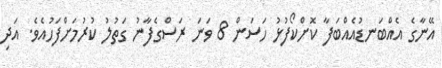
އޭނާގެ އެއްބަނޑުއެއްބަފާ ކޮށްކޯފުޅު ހަސަން 8 ވަނަ ރަސްގެފާނު ގަތުލު ކުރުމަށްފަހުއެވެ. އަދި